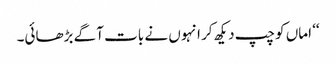
‘‘ اماں کو چپ دیکھ کر انہوں نے بات آگے بڑھائی۔